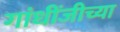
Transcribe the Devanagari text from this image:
गांधींजीच्या